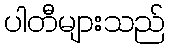
ပါတီများသည်